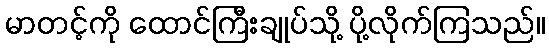
မာတင့်ကို ထောင်ကြီးချုပ်သို့ ပို့လိုက်ကြသည်။